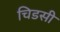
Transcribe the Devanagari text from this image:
चिडसी